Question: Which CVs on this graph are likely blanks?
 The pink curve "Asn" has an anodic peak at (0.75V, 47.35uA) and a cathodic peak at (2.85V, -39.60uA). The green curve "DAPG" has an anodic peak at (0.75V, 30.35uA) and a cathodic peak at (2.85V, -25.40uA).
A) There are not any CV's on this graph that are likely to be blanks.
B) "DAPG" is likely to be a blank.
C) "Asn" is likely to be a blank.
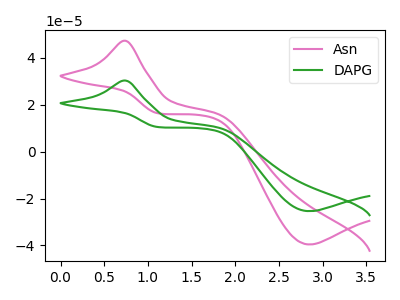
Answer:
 <answer>A) There are not any CV's on this graph that are likely to be blanks.</answer>
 <eval>A</eval>